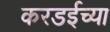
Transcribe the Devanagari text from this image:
करडईच्या